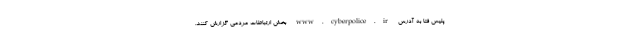
پلیس فتا به آدرس www.cyberpolice.ir بخش ارتباطات مردمی گزارش کنند.